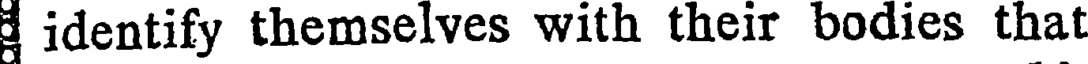
identify themselves with their bodies that